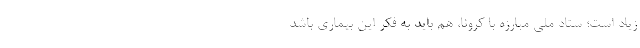
زیاد است؛ ستاد ملی مبارزه با کرونا، هم باید به فکر این بیماری باشد